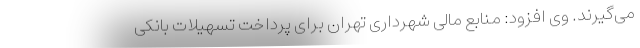
می‌گیرند. وی افزود: منابع مالی شهرداری تهران برای پرداخت تسهیلات بانکی